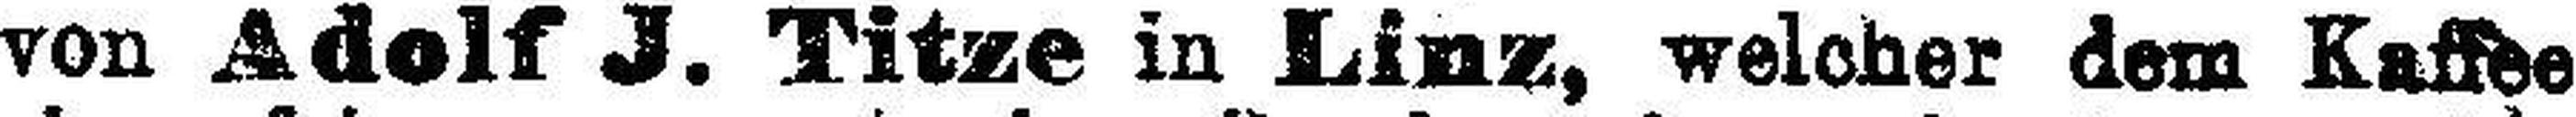
von Adolf J. Titze in Linz, welcher dem Kaffee